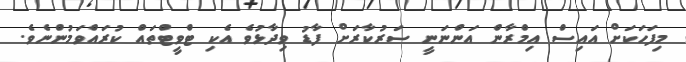
މިފަހަކަށް އައިސް އިމްރާން އަންނަނީ ސަރުކާރަށް ފާޑު ވިދާޅުވެ އެކި ޓްވީޓްތައް ކުރައްވަމުންނެވެ.